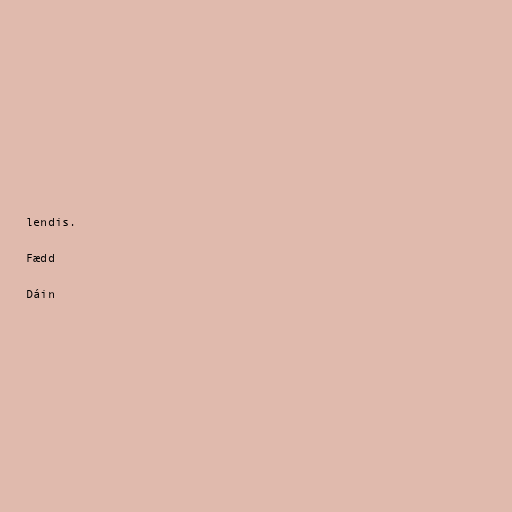
lendis.

Fædd

Dáin